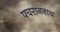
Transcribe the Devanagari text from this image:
पचराननाथ